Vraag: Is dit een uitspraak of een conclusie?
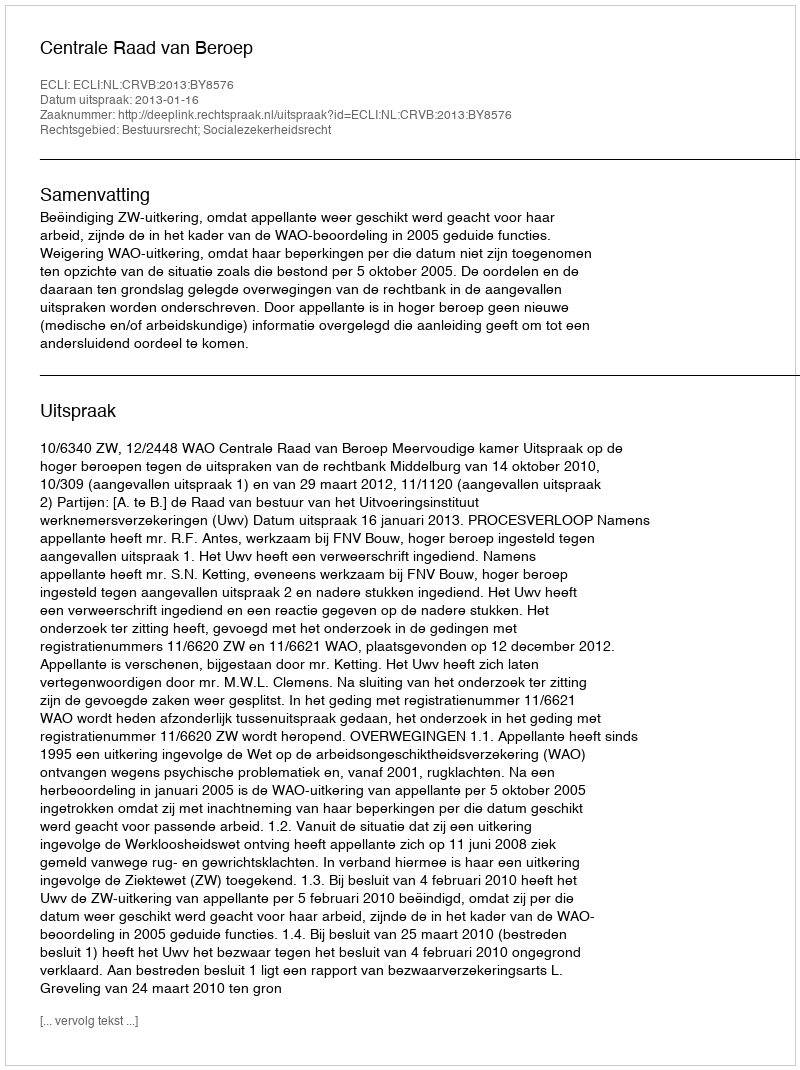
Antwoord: Uitspraak